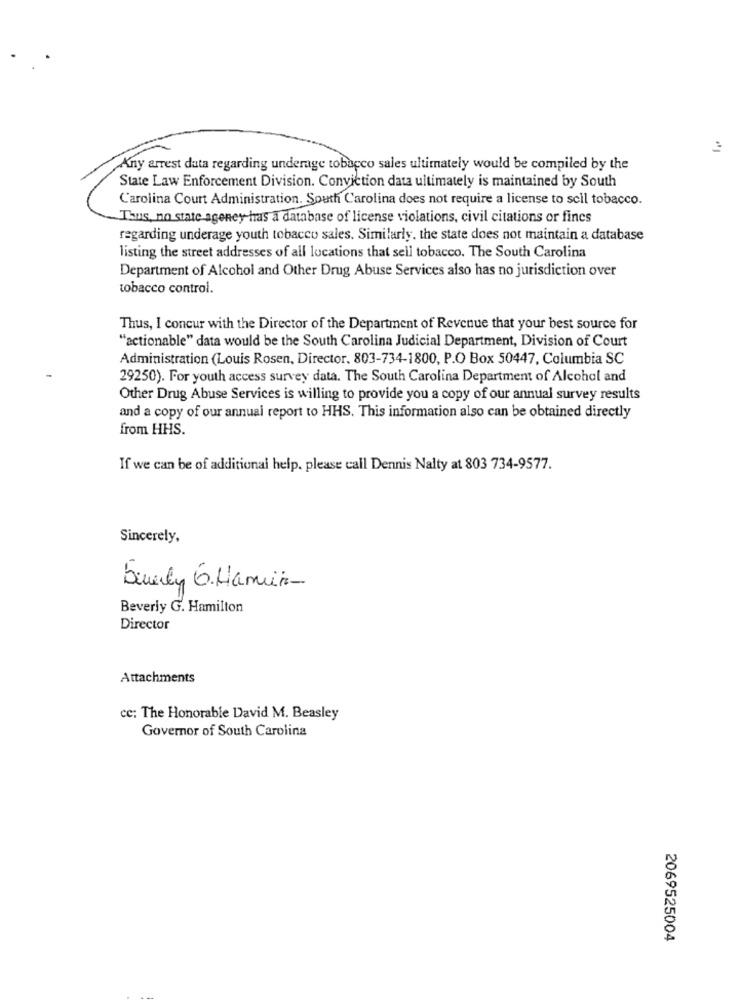
Any arrest data regarding underage tobacco sales ultimately would be compiled by the
State Law Enforcement Division. Conviction data ultimately is maintained by South
L'arolina Court Administration. South Carolina does not require a license to scil tobacco.
Thus, no state ageney has a database of license violations, civil citations or fines
regarding underage youth tobacco sales. Similarly. the state does not maintain a database
listing the street addresses of all locations that sell tobacco. The South Carolina
Department of Alcohol and Other Drug Abuse Services also has no jurisdiction over
tobacco control.
Thus, I concur with the Director of the Department of Revenue that your best source for
"actionable" data would be the South Carolina Judicial Department, Division of Court
Administration (Louis Rosen, Director. 803-734-1800, P.O Box 50447, Columbia SC
29250). For youth access survey data. The South Carolina Department of Alcohol and
Other Drug Abuse Services is willing to provide you a copy of our annual survey results
and a copy of our annual report to HHS. This information also can be obtained directly
from HHS.
If we can be of additional help. please call Dennis Nalty at 803 734-9577.
Sincerely,
beverly G. Hamin-
Beverly G. Hamilton
Director
Attachments
cc: The Honorable David M. Beasley
Governor of South Carolina
2069525004